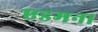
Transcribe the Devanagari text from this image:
एडमना